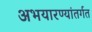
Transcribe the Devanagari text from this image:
अभयारण्यांतर्गत